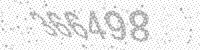
Solution: 366498